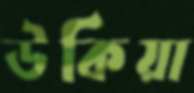
উকিয়া